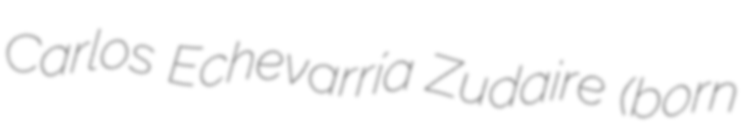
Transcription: Carlos Echevarría Zudaire (born